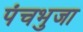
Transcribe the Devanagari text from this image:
पंचभुजा